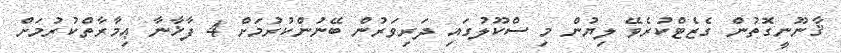
ޤާނޫނީގޮތުން ގެޒެޓްކުރެވޭ ލިޔުން މި ސްކޫލުގައި ދަރިވަރުން ބޭނުންކުރުމަށް 4 ފާޚާނާ ޢިމާރާތްކުރުމަށް